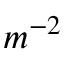
m ^ { - 2 }